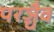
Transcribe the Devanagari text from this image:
परञ्चैव